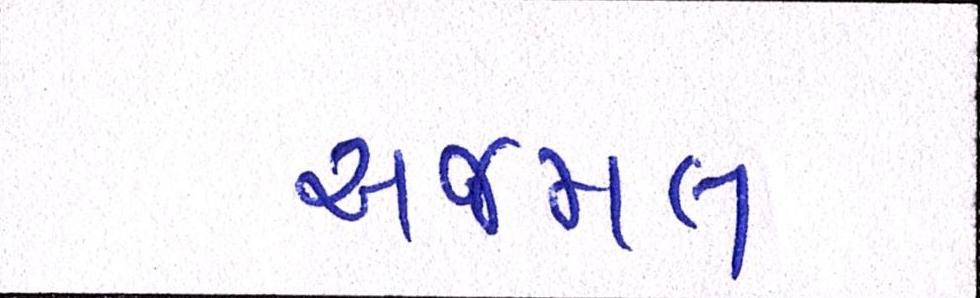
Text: અજમલ